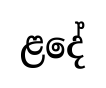
ළදේ